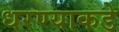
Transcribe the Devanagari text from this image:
धरण्याकडे